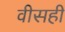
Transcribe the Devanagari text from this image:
वीसही